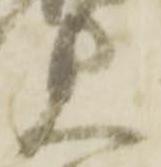
見